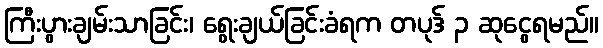
ကြီးပွားချမ်းသာခြင်း၊ ရွေးချယ်ခြင်းခံရက တပုဒ် ၃ ဆုငွေရမည်။